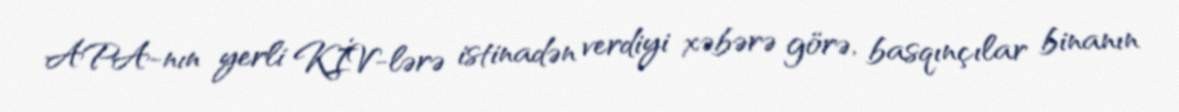
APA-nın yerli KİV-lərə istinadən verdiyi xəbərə görə, basqınçılar binanın